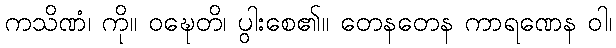
ကသိဏံ၊ ကို။ ဝဍ္ဎေတိ၊ ပွါးစေ၏။ တေနတေန ကာရဏေန ဝါ၊